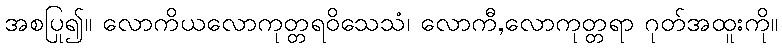
အစပြု၍။ လောကိယလောကုတ္တရဝိသေသံ၊ လောကီ,လောကုတ္တရာ ဂုတ်အထူးကို။